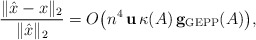
\begin{align*}\frac{\| \hat x - x\|_2}{\|\hat x\|_2} = O\big(n^4 \,{\bf u}\,\kappa(A)\, {\bf g_{\rm GEPP}}(A)\big),\end{align*}